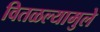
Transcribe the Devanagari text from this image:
वितळल्यामुले